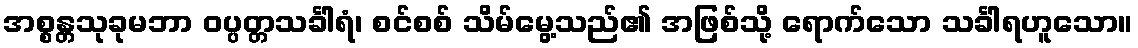
အစ္စန္တသုခုမဘာ ဝပ္ပတ္တသင်္ခါရံ၊ စင်စစ် သိမ်မွေ့သည်၏ အဖြစ်သို့ ရောက်သော သင်္ခါရဟူသော။